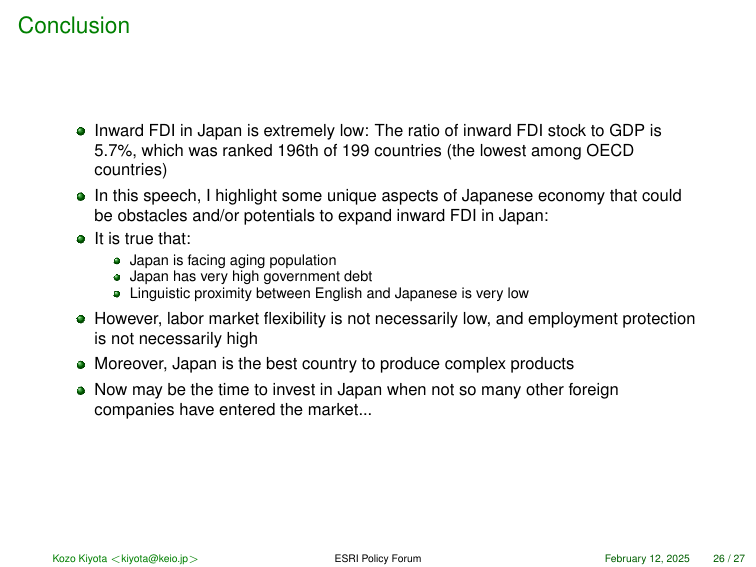
Conclusion

● Inward FDI in Japan is extremely low: The ratio of inward FDI stock to GDP is 5.7%, which was ranked 196th of 199 countries (the lowest among OECD countries)

● In this speech, I highlight some unique aspects of Japanese economy that could be obstacles and/or potentials to expand inward FDI in Japan:

● It is true that:
   ● Japan is facing aging population
   ● Japan has very high government debt
   ● Linguistic proximity between English and Japanese is very low

● However, labor market flexibility is not necessarily low, and employment protection is not necessarily high

● Moreover, Japan is the best country to produce complex products

● Now may be the time to invest in Japan when not so many other foreign companies have entered the market...

Kozo Kiyota <kiyota@keio.jp>     ESRI Policy Forum     February 12, 2025     26 / 27